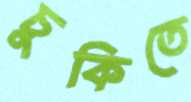
চুকিতে